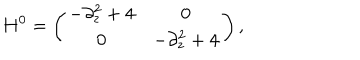
LaTeX: H ^ { 0 } = \left( \begin{array} { c c } { { - \partial _ { z } ^ { 2 } + 4 } } & { { 0 } } \\ { { 0 } } & { { - \partial _ { z } ^ { 2 } + 4 } } \\ \end{array} \right) ,